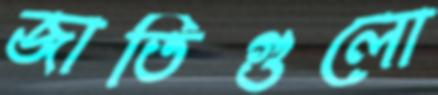
জাতিগুলো